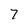
Character: 7